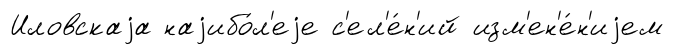
Иловскаjа наjибо́л'еjе с'ел'е́н'ий изм'ен'е́н'иjем